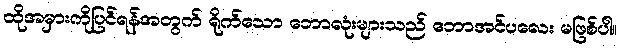
ထိုအမှားကိုပြင်ရန်အတွက် ရိုက်သော ဘောလုံးများသည် ဘောအင်ပလေး မဖြစ်ပါ။